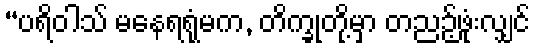
“ပရိဝါသ် မနေရရုံမက, တိက္ခုတို့မှာ တညဉ့်ဖုံးလျှင်